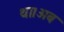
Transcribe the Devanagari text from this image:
था।अब